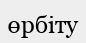
өрбіту